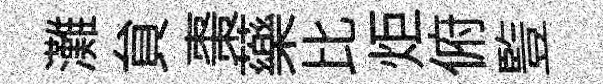
灘貟棗藥比炬俯䜿